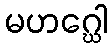
မဟဂ္ဃေါ